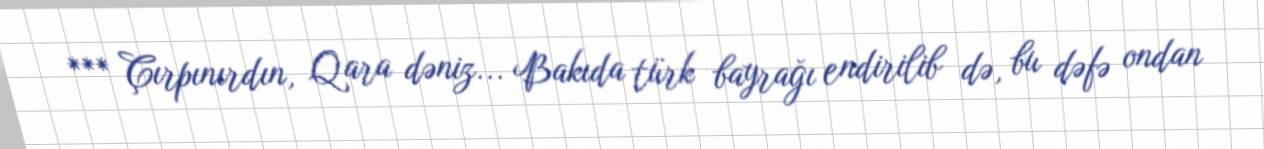
*** Çırpınırdın, Qara dəniz... Bakıda türk bayrağı endirilib də, bu dəfə ondan